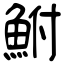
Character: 鮒